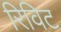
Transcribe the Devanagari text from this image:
रिविट